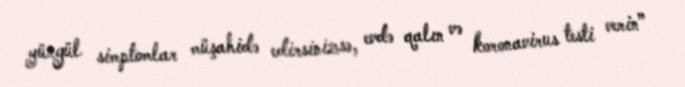
yüngül simptomlar müşahidə edirsinizsə, evdə qalın və koronavirus testi verin”